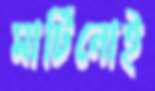
মার্টিনোই